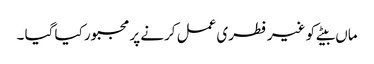
ماں بیٹے کو غیر فطری عمل کرنے پر مجبور کیا گیا ۔